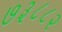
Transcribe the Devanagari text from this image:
७३८८२